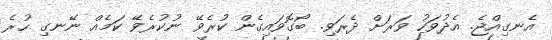
އެނގިއްޖެ. އެދުވަހު ވަރަށް ދެރަވި. ބޯގޮވައިގެން ކުރެވޭ ނުކުރެވޭ ކަމެއް ނޭނގި ހުރެ